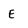
Character: E